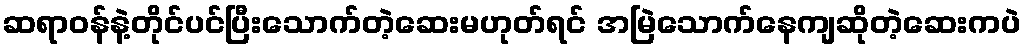
ဆရာဝန်နဲ့တိုင်ပင်ပြီးသောက်တဲ့ဆေးမဟုတ်ရင် အမြဲသောက်နေကျဆိုတဲ့ဆေးကပဲ